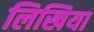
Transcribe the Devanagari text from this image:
लिखिया